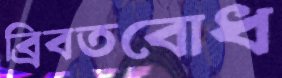
ব্রিবতবোধ